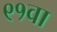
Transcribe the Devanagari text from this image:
९१वा